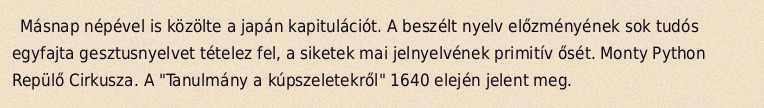
Másnap népével is közölte a japán kapitulációt. A beszélt nyelv előzményének sok tudós egyfajta gesztusnyelvet tételez fel, a siketek mai jelnyelvének primitív ősét. Monty Python Repülő Cirkusza. A "Tanulmány a kúpszeletekről" 1640 elején jelent meg.